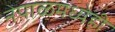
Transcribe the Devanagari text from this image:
नेपाळमध्येही